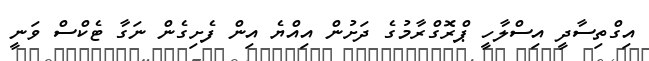
އިގްތިސާދީ އިސްލާހީ ޕްރޮގްރާމުގެ ދަށުން އިއްޔެ އިން ފެށިގެން ނަގާ ޓެކްސް ވަނީ